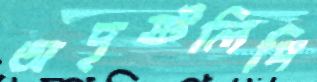
অদৃষ্টলিপি